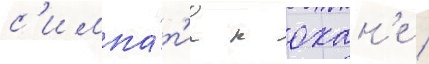
с'импа́т'иа к охан'е /